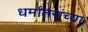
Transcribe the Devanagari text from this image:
धर्मांतरांच्या